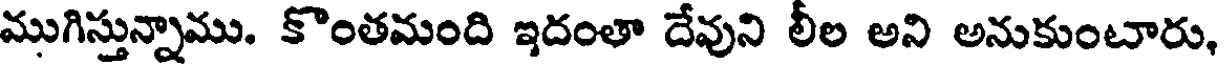
ముగిస్తున్నాము. కొంతమంది ఇదంతా దేవుని లీల అని అనుకుంటారు,